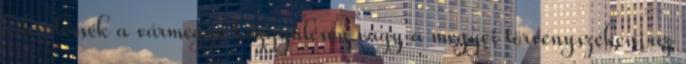
kihirdessék a vármegye közgyűlésén vagy a megyei törvényszéken; az